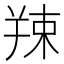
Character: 𦎖